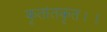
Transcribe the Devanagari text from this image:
कृतांतकृत।।